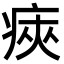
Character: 㾜